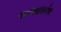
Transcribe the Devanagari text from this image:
कायद्यंतर्गत